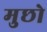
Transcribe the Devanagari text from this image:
मुछो